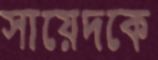
সায়েদকে